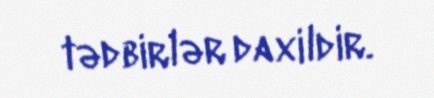
tədbirlər daxildir.